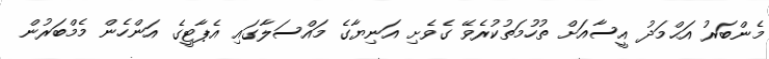
މެންބަރު އަޙްމަދު އީސާއަށް ތުހުމަތުކުރެވޭ ގެވެށި އަނިޔާގެ މައްސަލާގައި އެޕާޓީގެ އަންހެން މެމްބަރުން